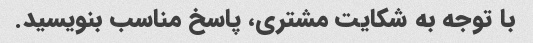
با توجه به شکایت مشتری، پاسخ مناسب بنویسید.